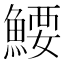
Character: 𬵜